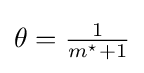
{\textstyle \theta ={\frac {1}{m^{\star }+1}}}